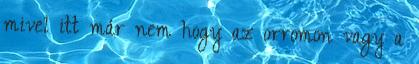
mivel itt már nem hogy az orromon vagy a